Vaccine operations Central Provinces 1886-1899 - 1886-1899
Year: 1886
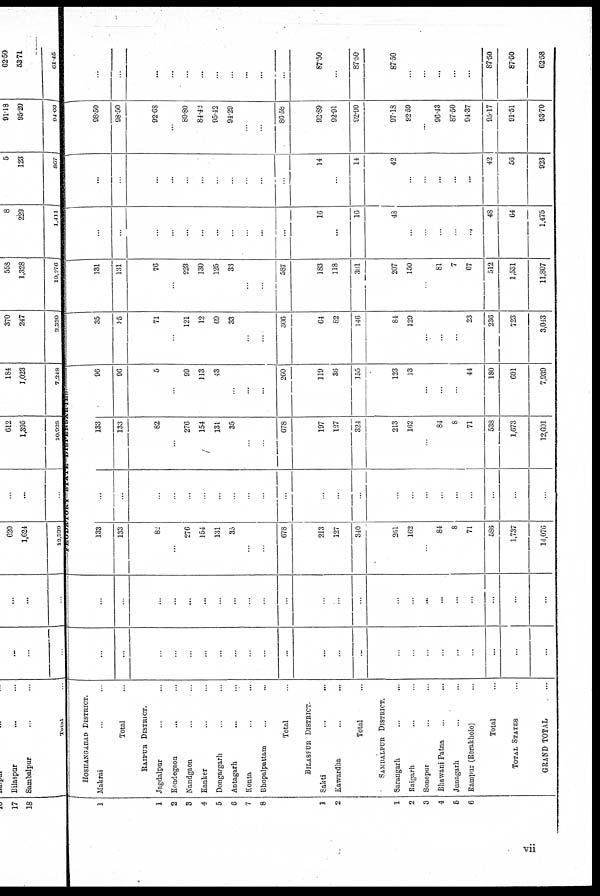
1
1
2
3
4
5
6
7
8
1
2
1
2
3
4
5
6
HOSHANGABAD DISTRICT.
Makrai ... ...
Total ...
RAIPUR DISTRICT.
Jagdalpur ... ...
Kondegaon ... ...
Nandgaon ... ...
Kanker ... ...
Dongargarh ... ...
Antagarh ... ...
Konta ... ...
Bhopalpattam ... ...
Total ...
BILASPUR DISTRICT
Sakti ... ...
Kawardha ... ...
Total ...
SAMBALPUR DISTRICT.
Sarangarh ... ...
Raigarh ... ...
Sonepur ... ...
Bhawam Patna ... ...
Junagarh ... ...
Rampur (Rerakholo) ...
Total ...
TOTAL STATES ...
GRAND TOTAL ...
...
...
...
...
...
...
...
...
...
...
...
...
...
...
...
...
...
...
...
...
...
...
...
...
...
...
...
...
...
...
...
...
...
...
...
...
...
...
...
...
...
...
...
...
...
...
133
133
82
...
276
154
131
35
...
...
678
213
127
340
261
162
...
84
8
71
586
1,737
14,076
...
...
...
...
...
...
...
...
...
...
...
...
...
...
...
...
..
...
...
...
...
...
...
133
133
82
...
276
154
131
35
...
...
678
197
127
324
213
162
...
84
8
71
538
1,673
12,601
96
96
5
...
99
113
43
...
...
...
260
119
36
155
123
13
...
...
...
44
180
691
7,939
35
25
71
...
121
12
69
33
...
...
306
64
82
146
84
129
...
...
...
23
236
723
3,043
131
131
76
...
223
130
125
33
...
...
587
183
118
301
207
150
...
81
7
67
512
1,531
11,807
...
...
...
...
...
...
...
...
...
...
...
16
...
16
48
...
...
...
...
...
48
64
1,475
...
...
...
...
...
...
...
..
...
...
...
14
...
14
42
...
...
...
...
...
42
56
923
98.50
98.50
92.68
...
80.80
84.42
95.42
94.29
...
...
86.58
92.89
92.91
92.90
97.13
92.59
...
96.43
87.50
94.37
95.17
91.51
93.70
...
...
...
...
...
...
...
...
...
...
...
87.50
...
87.50
87.50
...
...
...
...
...
87.50
87.50
62.58
vii